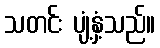
သတင်း ပျံ့နှံ့သည်။